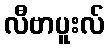
လီဗာပူးလ်